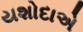
યશોદાએ